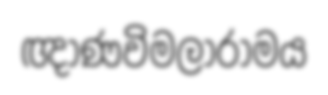
ඥාණවිමලාරාමය